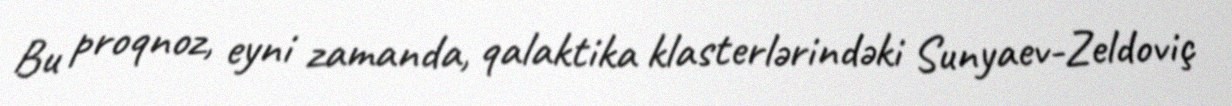
Bu proqnoz, eyni zamanda, qalaktika klasterlərindəki Sunyaev-Zeldoviç